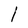
Character: l